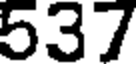
537